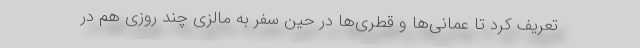
تعریف کرد تا عمانی‌ها و قطری‌ها در حین سفر به مالزی چند روزی هم در